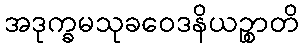
အဒုက္ခမသုခဝေဒနိယဉ္စာတိ